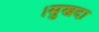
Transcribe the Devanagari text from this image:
।सुखदा